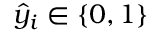
\hat { y } _ { i } \in \{ 0 , 1 \}